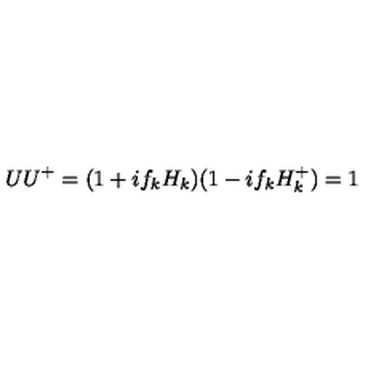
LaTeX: U U ^ { + } = ( 1 + i f _ { k } H _ { k } ) ( 1 - i f _ { k } H _ { k } ^ { + } ) = 1